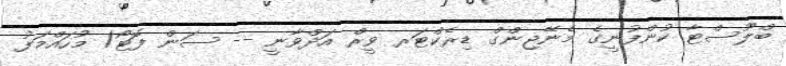
ބްލޫސްޓާ ކުންފުނީގެ މެނޭޖިންގް ޑިރެކްޓަރ ވީރް އަދްވާނީ -- ސަން ފޮޓޯ/ މުހައްމަފު